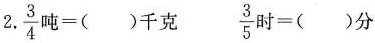
2.$$\frac{3}{4}吨=()千克$$ $$\frac{3}{5}时=()分$$